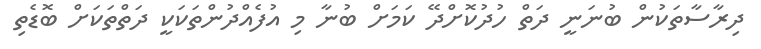
ދިރާސާތަކުން ބުނަނީ ދަތް ހުދުކޮށްދޭ ކަމަށް ބުނާ މި އުފެއްދުންތަކަކީ ދަތްތަކަށް ބޮޑެތި